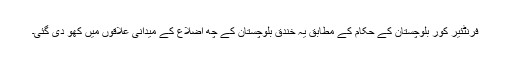
فرنٹئیر کور بلوچستان کے حکام کے مطابق یہ خندق بلوچستان کے چھ اضلاع کے میدانی علاقوں میں کھو دی گئی۔